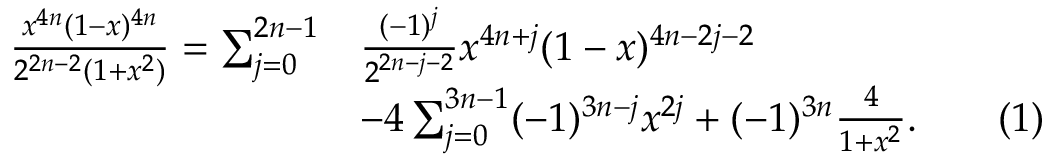
{ \begin{array} { r l } { { \frac { x ^ { 4 n } ( 1 - x ) ^ { 4 n } } { 2 ^ { 2 n - 2 } ( 1 + x ^ { 2 } ) } } = \sum _ { j = 0 } ^ { 2 n - 1 } } & { { \frac { ( - 1 ) ^ { j } } { 2 ^ { 2 n - j - 2 } } } x ^ { 4 n + j } ( 1 - x ) ^ { 4 n - 2 j - 2 } } \\ & { - 4 \sum _ { j = 0 } ^ { 3 n - 1 } ( - 1 ) ^ { 3 n - j } x ^ { 2 j } + ( - 1 ) ^ { 3 n } { \frac { 4 } { 1 + x ^ { 2 } } } . \qquad ( 1 ) } \end{array} }